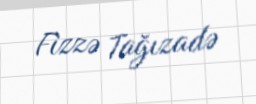
Fizzə Tağızadə